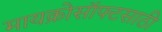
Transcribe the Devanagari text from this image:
मायक्रोसॉफ्टसाठी